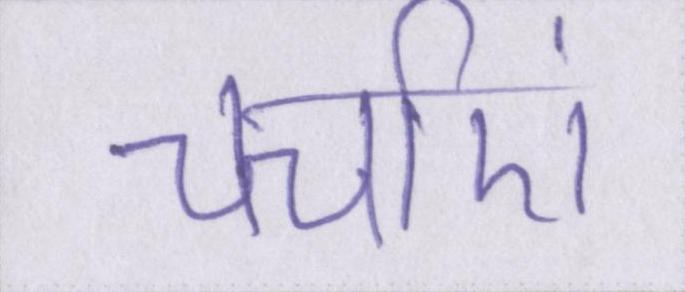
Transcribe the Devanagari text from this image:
चर्चाएं